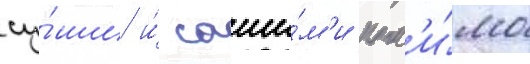
су́ши и́ саши́м'и пом'и́мо